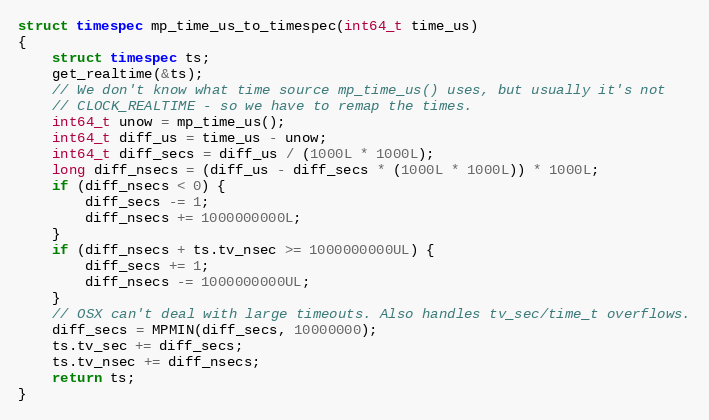
Language: C
struct timespec mp_time_us_to_timespec(int64_t time_us)
{
    struct timespec ts;
    get_realtime(&ts);
    // We don't know what time source mp_time_us() uses, but usually it's not
    // CLOCK_REALTIME - so we have to remap the times.
    int64_t unow = mp_time_us();
    int64_t diff_us = time_us - unow;
    int64_t diff_secs = diff_us / (1000L * 1000L);
    long diff_nsecs = (diff_us - diff_secs * (1000L * 1000L)) * 1000L;
    if (diff_nsecs < 0) {
        diff_secs -= 1;
        diff_nsecs += 1000000000L;
    }
    if (diff_nsecs + ts.tv_nsec >= 1000000000UL) {
        diff_secs += 1;
        diff_nsecs -= 1000000000UL;
    }
    // OSX can't deal with large timeouts. Also handles tv_sec/time_t overflows.
    diff_secs = MPMIN(diff_secs, 10000000);
    ts.tv_sec += diff_secs;
    ts.tv_nsec += diff_nsecs;
    return ts;
}